NAE_kihelkonnakohtute_kirjad_ja_protokollid_1869-1889, lk 5
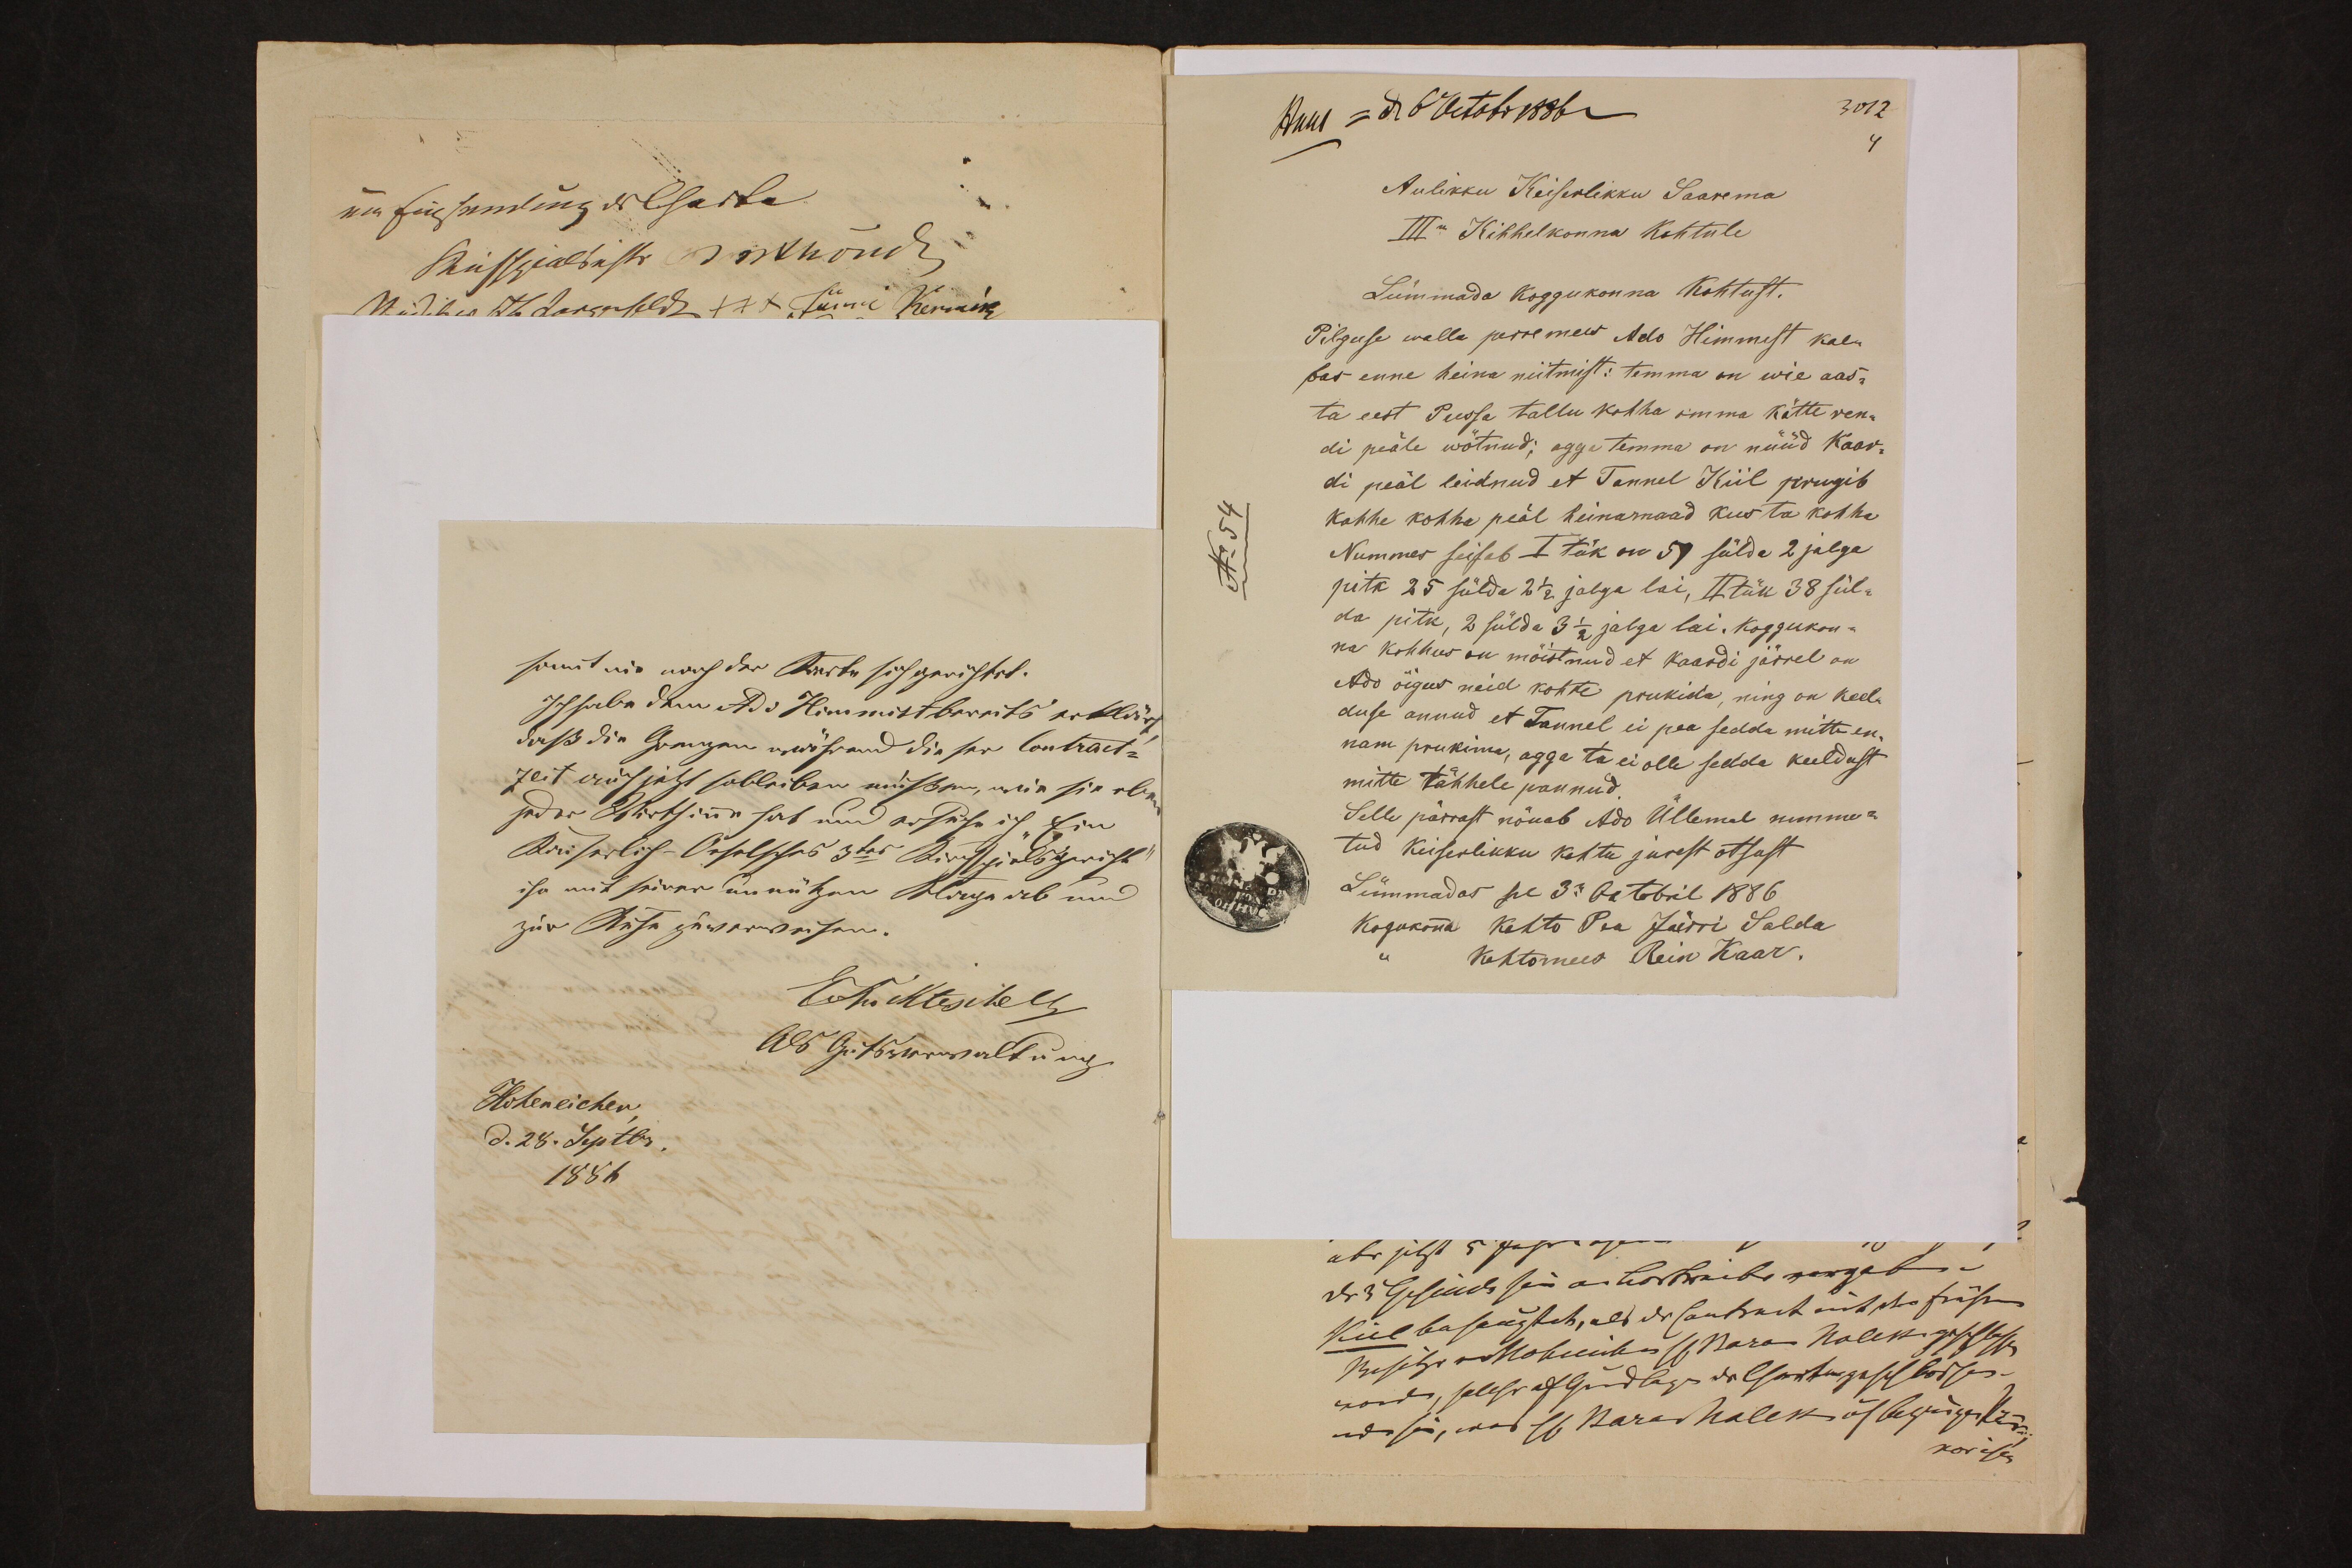
Aulikku Keiserlikku Saarema
III Kihhelkonna Kohtule
Lümmada koggukonna Kohtust.
Pilguse walla perremees Ado Himmest kae-
bas enne heina niitmist: temma on wie aas-
ta eest Pussa tallu kohha omma kätte ren-
di peale wõtnud; agga temma on nüüd Kaar-
di peäl leidnud et Tannel Kiil prugib
kahhe kohha peäl heinamaad kus ta kohha
Nummer seisab I tük on 51 sülda 2 jalga
pitk 25 sülda 2 1/2 jalga lai, II tükk 38 sül-
da pitk, 2 sülda 3 1/2 jalga lai. Koggukon-
na kohhus on möistnud et kaardi järrel on
Ado õigues neid kohte prukida ning on keel-
duse annud et Tannel ei pea sedda mitte en-
nam prukima, agga ta ei olle sedda keeldust
mitte tähhele pannud
Selle pärrast nõuab Ado Üllemal nimme-
tud Keiserlikku kohtu jurest otsast
Lümmadas sel 3l Octobil 1886
Kogukonna Kohto Pea Jürri Salda
Kohtomees Rein Kaar.